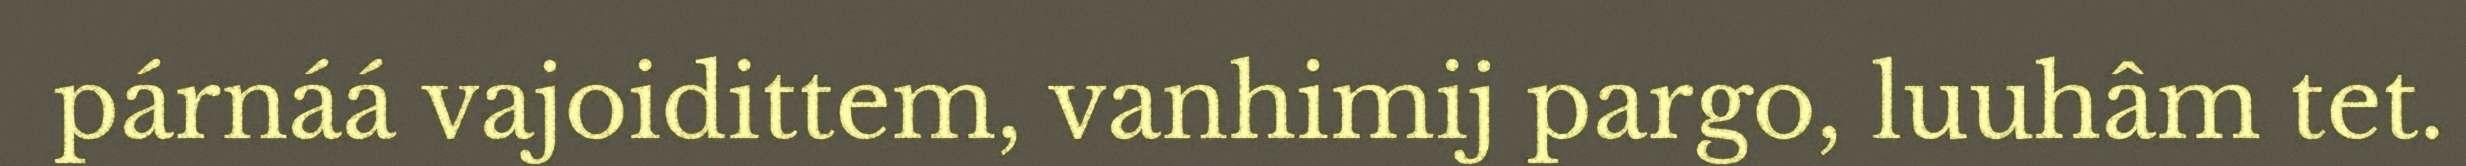
párnáá vajoidittem, vanhimij pargo, luuhâm tet.